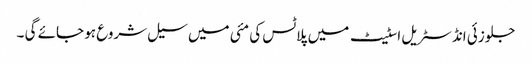
جلوزئی انڈسٹریل اسٹیٹ میں پلاٹس کی مئی میں سیل شروع ہو جائے گی ۔